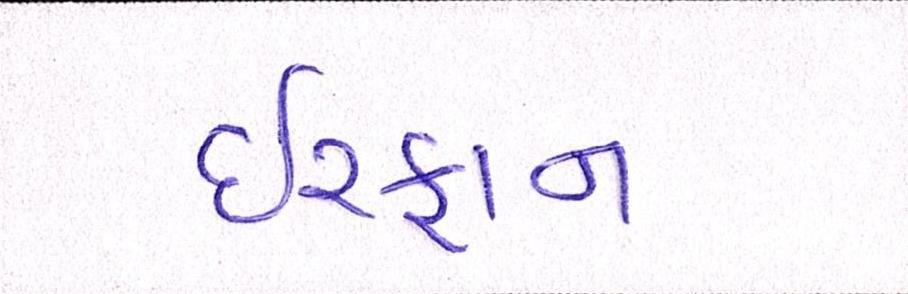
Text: ઈરફાન